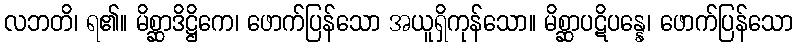
လဘတိ၊ ရ၏။ မိစ္ဆာဒိဋ္ဌိကေ၊ ဖောက်ပြန်သော အယူရှိကုန်သော။ မိစ္ဆာပဋိပန္နေ၊ ဖောက်ပြန်သော